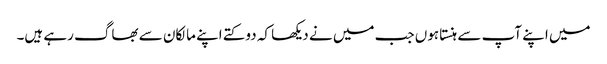
میں اپنے آپ سے ہنستا ہوں جب میں نے دیکھا کہ دو کتے اپنے مالکان سے بھاگ رہے ہیں۔